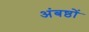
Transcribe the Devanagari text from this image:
अंबष्ठों